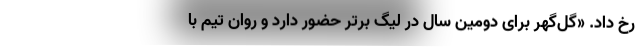
رخ داد. «گل‌گهر برای دومین سال در لیگ برتر حضور دارد و روان تیم با